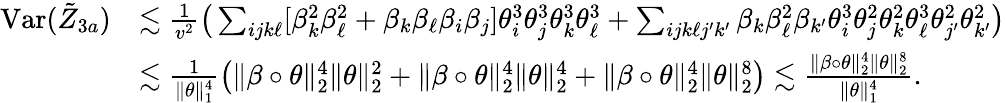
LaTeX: \begin{array}{rl}{\mathrm{Var}(\tilde{Z}_{3a})}&{\lesssim\frac{1}{v^{2}}\big(\sum_{ijk\ell}[\beta_{k}^{2}\beta_{\ell}^{2}+\beta_{k}\beta_{\ell}\beta_{i}\beta_{j}]\theta_{i}^{3}\theta_{j}^{3}\theta_{k}^{3}\theta_{\ell}^{3}+\sum_{ijk\ell j^{\prime}k^{\prime}}\beta_{k}\beta_{\ell}^{2}\beta_{k^{\prime}}\theta_{i}^{3}\theta_{j}^{2}\theta_{k}^{2}\theta_{\ell}^{3}\theta_{j^{\prime}}^{2}\theta_{k^{\prime}}^{2}\big)}\\ &{\lesssim\frac{1}{\| \theta\| _{1}^{4}}\big(\| \beta\circ\theta\| _{2}^{4}\| \theta\| _{2}^{2}+\| \beta\circ\theta\| _{2}^{4}\| \theta\| _{2}^{4}+\| \beta\circ\theta\| _{2}^{4}\| \theta\| _{2}^{8}\big)\lesssim\frac{\| \beta\circ\theta\| _{2}^{4}\| \theta\| _{2}^{8}}{\| \theta\| _{1}^{4}}.}\end{array}